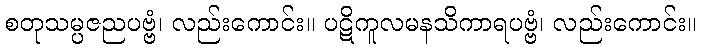
စတုသမ္ပဇညပဗ္ဗံ၊ လည်းကောင်း။ ပဋိကူလမနသိကာရပဗ္ဗံ၊ လည်းကောင်း။